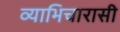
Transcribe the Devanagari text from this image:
व्याभिचारासी